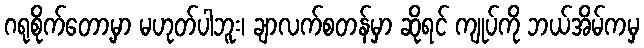
ဂရုစိုက်တော့မှာ မဟုတ်ပါဘူး၊ ချာလက်စတန်မှာ ဆိုရင် ကျုပ်ကို ဘယ်အိမ်ကမှ